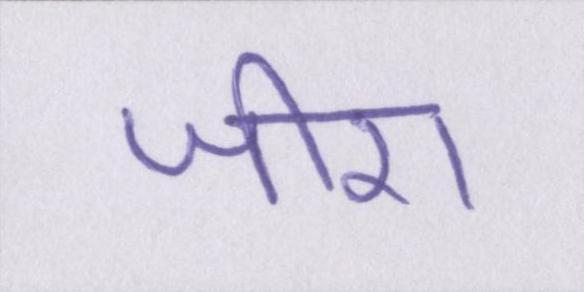
जीरा